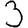
Digit: 3